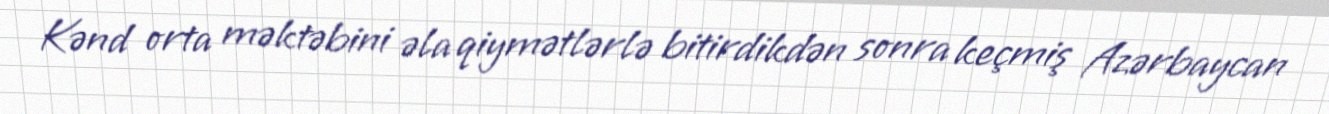
Kənd orta məktəbini əla qiymətlərlə bitirdikdən sonra keçmiş Azərbaycan